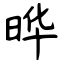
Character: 晔